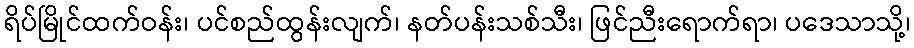
ရိပ်မြိုင်ထက်ဝန်း၊ ပင်စည်ထွန်းလျက်၊ နတ်ပန်းသစ်သီး၊ ဖြင်ညီးရောက်ရာ၊ ပဒေသာသို့၊